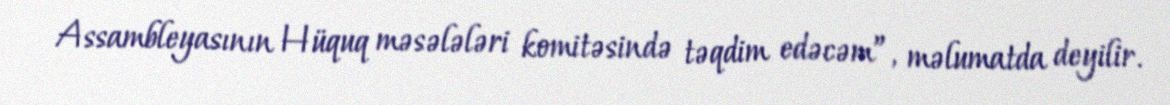
Assambleyasının Hüquq məsələləri komitəsində təqdim edəcəm”, məlumatda deyilir.